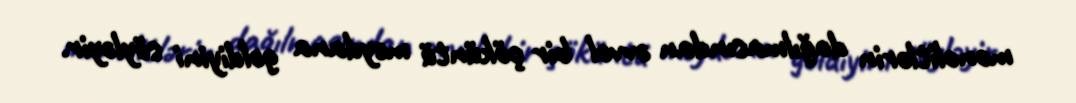
monolitlərin dağılmasından əvvəl bir çöküntü meydana gəldiyini söyləyir.